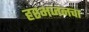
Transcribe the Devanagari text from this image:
हरभजनचा